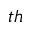
_ { t h }